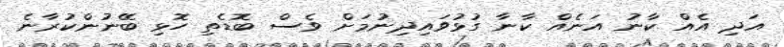
އަދި އެއް ކާނު އަނެއް ކާނާ ގުޅުވައިދިނުމަށް ވެސް ބޮޑެތި ހޮޅި ބޭނުންކުރާނެ